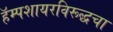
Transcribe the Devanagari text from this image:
हॅम्पशायरविरूद्धचा